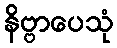
နိဗ္ဗာပေသုံ